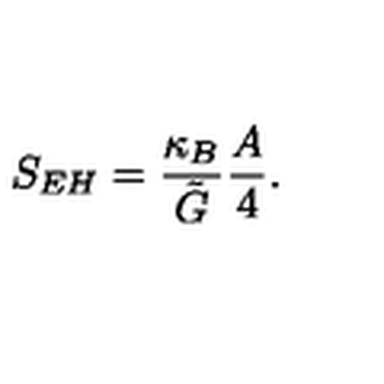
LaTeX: S _ { E H } = \frac { \kappa _ { B } } { \tilde { G } } \frac { A } { 4 } .